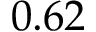
0 . 6 2